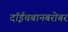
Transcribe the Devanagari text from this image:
दॉईचबानबरोबर